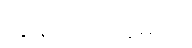
ကျွန်တော် ယူမယ်။